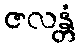
ဇလန္တံ